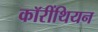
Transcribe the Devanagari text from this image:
कॉरींथियन